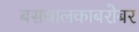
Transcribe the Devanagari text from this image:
बसचालकाबरोबर